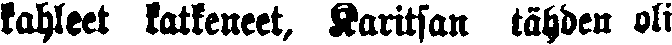
kahleet katkeneet, Karitsan tähden oli